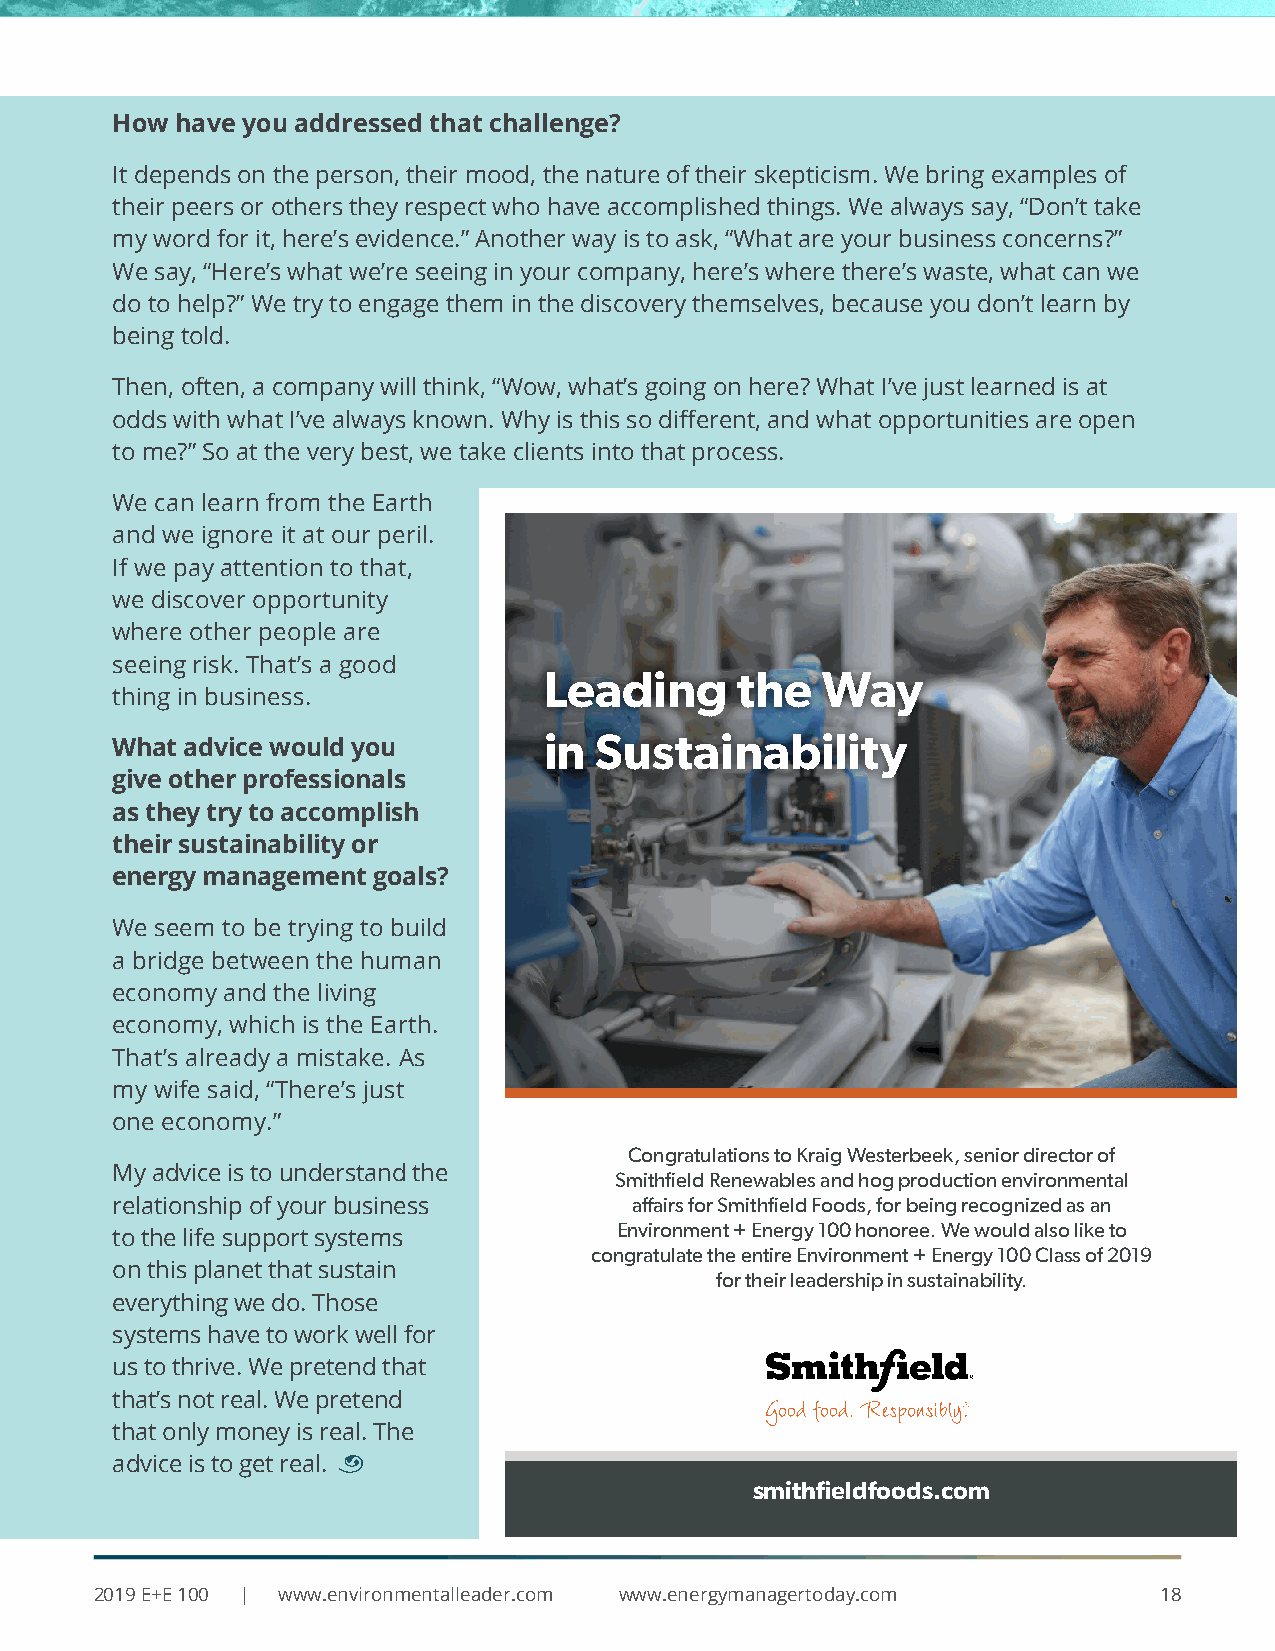
How  have you addressed that challenge?
 It depends on the person, their mood, the nature of their skepticism. We bring examples of
 their peers or others they respect who have accomplished things. We always say, “Don’t take
 my word for it, here’s evidence.” Another way is to ask, “What are your business concerns?”
 We say, “Here’s what we’re seeing in your company, here’s where there’s waste, what can we
 do to help?” We try to engage them in the discovery themselves, because you don’t learn by
 being told.
 Then, often, a company will think, “Wow, what’s going on here? What I’ve just learned is at
 odds with what I’ve always known. Why is this so different, and what opportunities are open
 to me?” So at the very best, we take clients into that process.
 We can learn from the Earth
 and we ignore it at our peril.
 If we pay attention to that,
 we discover opportunity
 where other people are
 seeing risk. That’s a good
 Leading      the  Way
 thing in business.
 in Sustainability
 What advice would you
 give other professionals
 as they try to accomplish
 their sustainability or
 energy management goals?
 We seem to be trying to build
 a bridge between the human
 economy and the living
 economy, which is the Earth.
 That’s already a mistake. As
 my wife said, “There’s just
 one economy.”
 Congratulations to Kraig Westerbeek, senior director of
 My advice is to understand the
 Smithfield Renewables and hog production environmental
 relationship of your business      affairs for Smithfield Foods, for being recognized as an
 Environment + Energy 100 honoree. We would also like to
 to the life support systems
 congratulate the entire Environment + Energy 100 Class of 2019
 on this planet that sustain
 for their leadership in sustainability.
 everything we do. Those
 systems have to work well for
 us to thrive. We pretend that
 that’s not real. We pretend
 that only money is real. The
 advice is to get real. ¨
 smithfieldfoods.com
 2019 E+E 100 | www.environmentalleader.com www.energymanagertoday.com  18